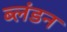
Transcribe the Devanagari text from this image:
ब्लंडन